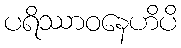
ပရိဿာဝနေဟိပိ